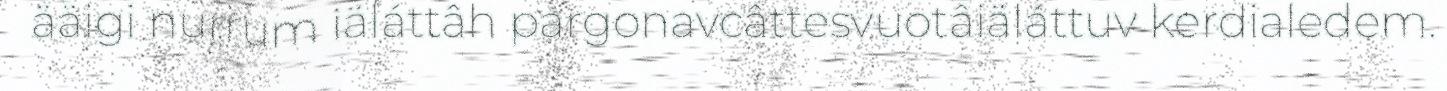
ääigi nurrum iäláttâh pargonavcâttesvuotâiäláttuv kerdialedem.